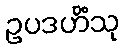
ဥပဒဟိံသု